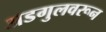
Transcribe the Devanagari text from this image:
अडगुलवरून